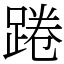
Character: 踡